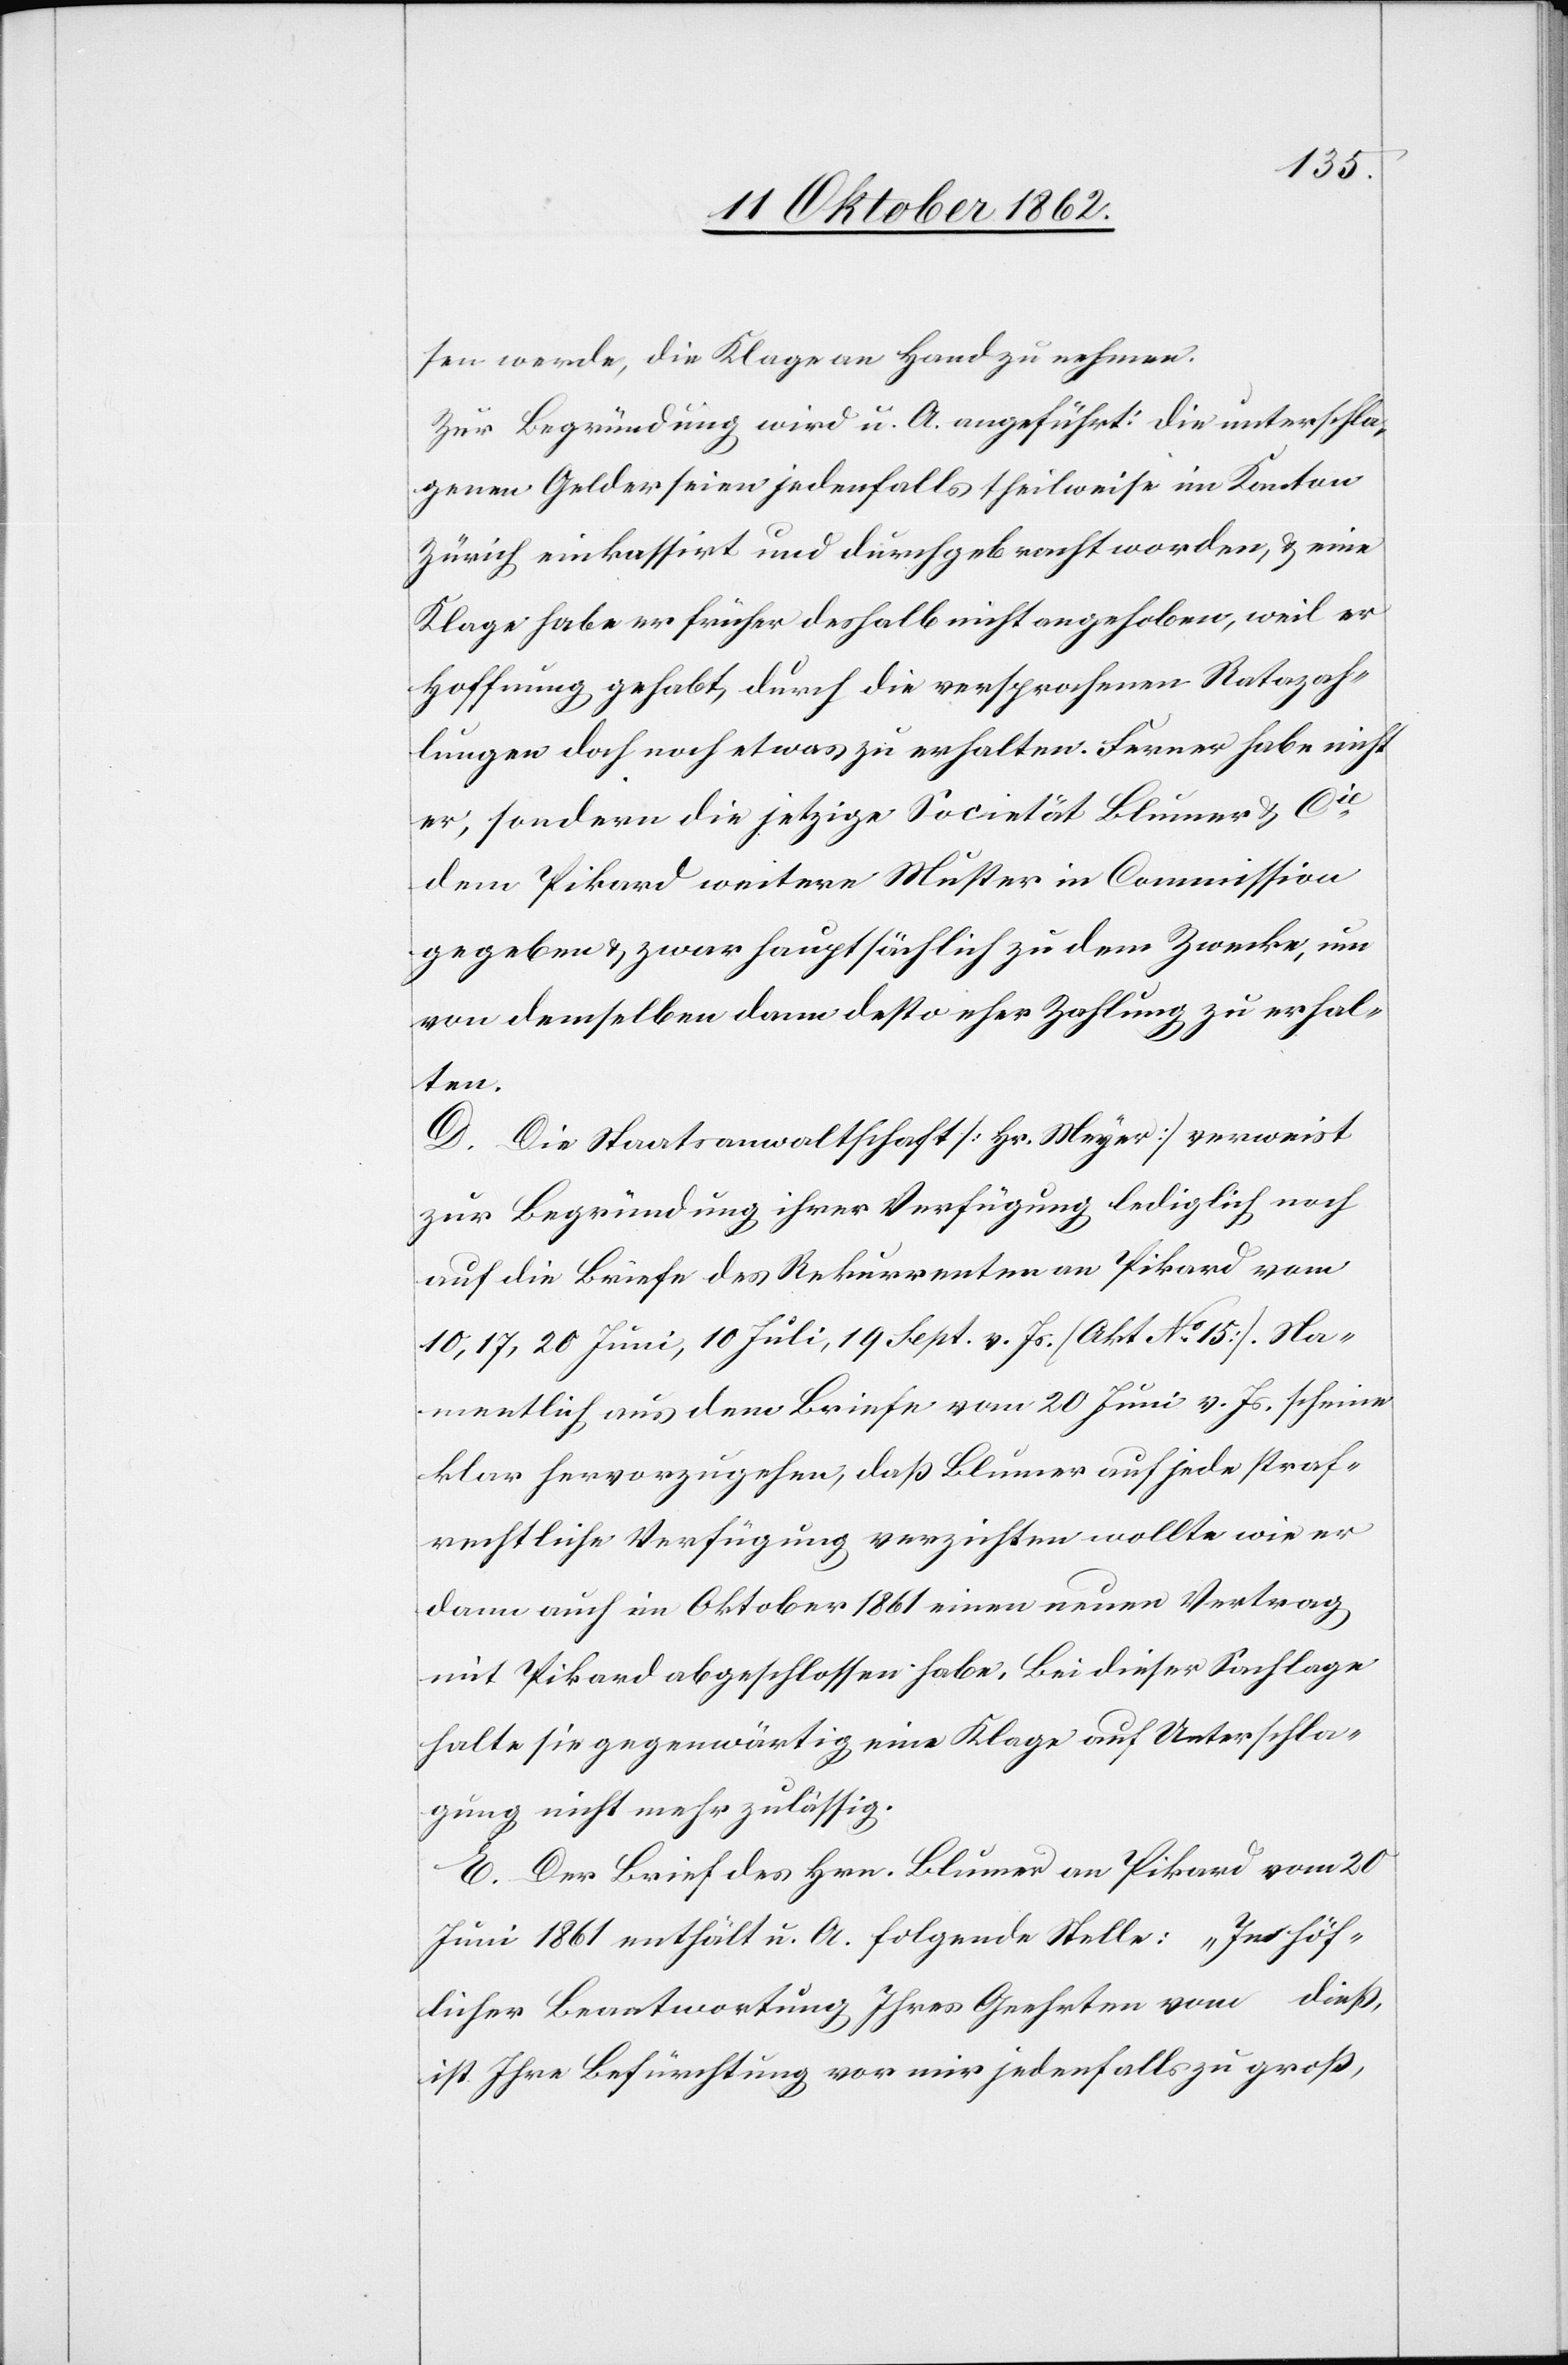
sen werde, die Klage an Hand zu nehmen.
Zur Begründung wird angeführt: die unterschla¬
genen Gelder seien jedenfalls theilweise im Kanton
Zürich einkassiert und durch gebracht worden, u. eine
Klage habe er früher deshalb nicht angehoben, weil er
Hoffnung gehabt, durch die versprochenen Ratazah¬
lungen doch noch etwas zu erhalten. Ferner habe nicht
er, sondern die jetzige Societät Blumer u. Cie
dem Pikard weitere Muster in Commission
gegeben u. zwar hauptsächlich zu dem Zwecke, um
von demselben dann desto eher Zahlung zu erhal¬
ten.
D. Die Staatsanwaltschaft [Hr. Meyer] verweist
zur Begründung ihrer Verfügung lediglich noch
auf die Briefe des Rekurrenten an Pikard vom
10, 17, 20. Juni, 10. Juli, 19. Sept. v. Js. [Akt No 15]. Na¬
mentlich aus dem Briefe vom 20. Juni v. Js. scheine
klar hervorzugehen, daß Blumer auf jede straf¬
rechtliche Verfügung verzichten wollte wie er
dann auch im Oktober 1861 einen neuen Vertrag
mit Pikard abgeschlossen habe. Bei dieser Sachlage
halte sie gegenwärtig eine Klage auf Unterschla¬
gung nicht mehr zulässig.
E. Der Brief des Hrn. Blumer an Pikard vom 20.
Juni 1861 enthält u. A. folgende Stelle: „In höf¬
licher Beantwortung Ihres Geehrten vom … dieß,
ist Ihre Befürchtung vor mir jedenfalls zu groß,